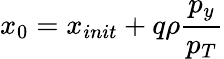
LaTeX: x_{0}=x_{init}+q\rho\frac{p_{y}}{p_{T}}